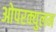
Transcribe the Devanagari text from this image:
ओपरक्युलम